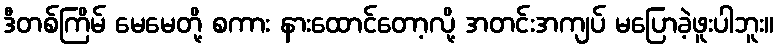
ဒီတစ်ကြိမ် မေမေတို့ စကား နားထောင်တော့လို့ အတင်းအကျပ် မပြောခဲ့ဖူးပါဘူး။